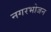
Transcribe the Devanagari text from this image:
नगरभोजन